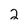
Character: 2